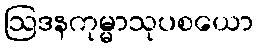
ဩဒနကုမ္မာသုပစယော